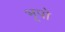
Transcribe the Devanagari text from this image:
भूपो